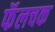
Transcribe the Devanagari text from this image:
फॅलचक